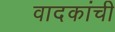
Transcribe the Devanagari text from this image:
वादकांची